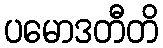
ပမောဒတီတိ